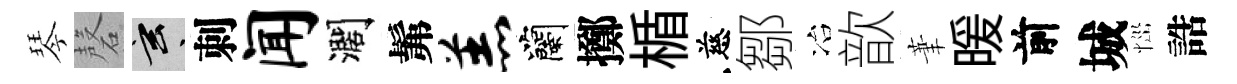
琴磬玄刺闻濶髴羔蘭擲楯慈鄒冶歆茟暖前城𢙉誥